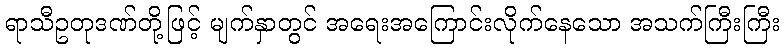
ရာသီဥတုဒဏ်တို့ဖြင့် မျက်နှာတွင် အရေးအကြောင်းလိုက်နေသော အသက်ကြီးကြီး